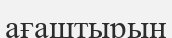
ағаштырын